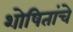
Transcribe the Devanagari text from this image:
शोषितांचे